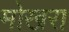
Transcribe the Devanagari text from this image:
मोखरा